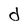
Character: d